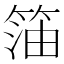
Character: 𱸊